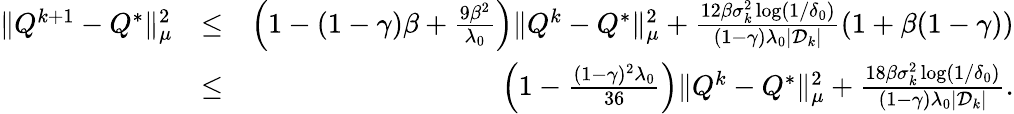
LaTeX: \begin{array}{rlr}{\| Q^{k+1}-Q^{*}\| _{\mu}^{2}}&{\leq}&{\left(1-(1-\gamma)\beta+\frac{9\beta^{2}}{\lambda_{0}}\right)\| Q^{k}-Q^{*}\| _{\mu}^{2}+\frac{12\beta\sigma_{k}^{2}\log(1/\delta_{0})}{(1-\gamma)\lambda_{0}|\mathcal{D}_{k}|}(1+\beta(1-\gamma))}\\ &{\leq}&{\left(1-\frac{(1-\gamma)^{2}\lambda_{0}}{36}\right)\| Q^{k}-Q^{*}\| _{\mu}^{2}+\frac{18\beta\sigma_{k}^{2}\log(1/\delta_{0})}{(1-\gamma)\lambda_{0}|\mathcal{D}_{k}|}.}\end{array}